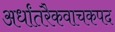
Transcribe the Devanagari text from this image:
अर्धांतरैकवाचकपद